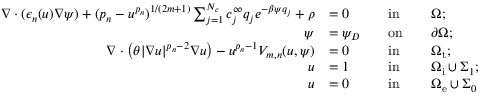
\begin{array} { r l r l r l } { \nabla \cdot ( \epsilon _ { n } ( u ) \nabla \psi ) + ( p _ { n } - u ^ { p _ { n } } ) ^ { 1 / ( 2 m + 1 ) } \sum _ { j = 1 } ^ { N _ { c } } c _ { j } ^ { \infty } q _ { j } e ^ { - \beta \psi q _ { j } } + \rho } & { = 0 } & & { \mathrm { i n } } & & { \Omega ; } \\ { \psi } & { = \psi _ { D } } & & { \mathrm { o n } } & & { \partial \Omega ; } \\ { \nabla \cdot \left( \theta | \nabla u | ^ { p _ { n } - 2 } \nabla u \right) - u ^ { p _ { n } - 1 } V _ { m , n } ( u , \psi ) } & { = 0 } & & { \mathrm { i n } } & & { \Omega _ { \mathrm { t } } ; } \\ { u } & { = 1 } & & { \mathrm { i n } } & & { \Omega _ { \mathrm { i } } \cup \Sigma _ { 1 } ; } \\ { u } & { = 0 } & & { \mathrm { i n } } & & { \Omega _ { \mathrm { e } } \cup \Sigma _ { 0 } } \end{array}